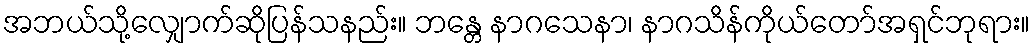
အဘယ်သို့လျှောက်ဆိုပြန်သနည်း။ ဘန္တေ နာဂသေနာ၊ နာဂသိန်ကိုယ်တော်အရှင်ဘုရား။